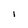
Character: l